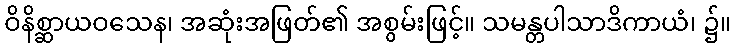
ဝိနိစ္ဆာယဝသေန၊ အဆုံးအဖြတ်၏ အစွမ်းဖြင့်။ သမန္တပါသာဒိကာယံ၊ ၌။